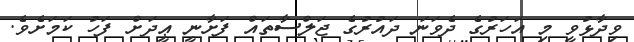
ވިދާޅުވީ މި އަހަރުގެ ދެވަނަ ދައުރުގެ ޖަލްސާތައް ފަށާނީ ޢީދަށް ފަހު ކަމަށެވެ.